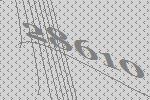
28610